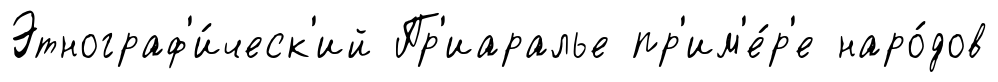
Этнограф'и́ческ'ий Пр'иаралье пр'им'е́р'е наро́дов